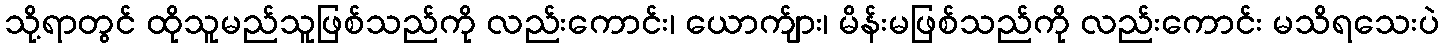
သို့ရာတွင် ထိုသူမည်သူဖြစ်သည်ကို လည်းကောင်း၊ ယောက်ျား၊ မိန်းမဖြစ်သည်ကို လည်းကောင်း မသိရသေးပဲ